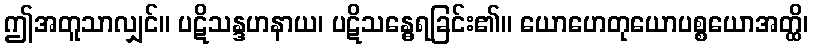
ဤအတူသာလျှင်။ ပဋိသန္ဒဟနာယ၊ ပဋိသန္ဓေရခြင်း၏။ ယောဟေတုယောပစ္စယောအတ္ထိ၊